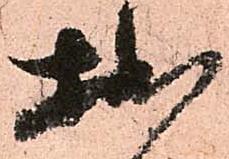
拙